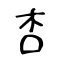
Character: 杏